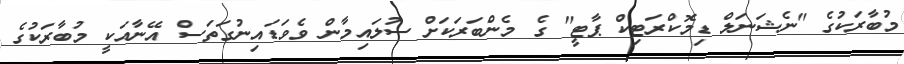
މުބާރަކުގެ "ނެޝަނަލް ޑިމޮކްރަޓިކް ޕާޓީ" ގެ މެންބަރަކަށް ސުލައިމާން ވެވަޑައިނުގަތަސް އޭނާއަކީ މުބާރަކުގެ